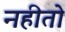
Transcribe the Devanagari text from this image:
नहीतो